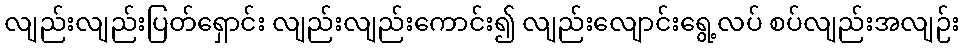
လျည်းလျည်းပြတ်ရှောင်း လျည်းလျည်းကောင်း၍ လျည်းလျောင်းရွေ့လပ် စပ်လျည်းအလျဉ်း